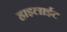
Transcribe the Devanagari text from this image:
हाइलाईट